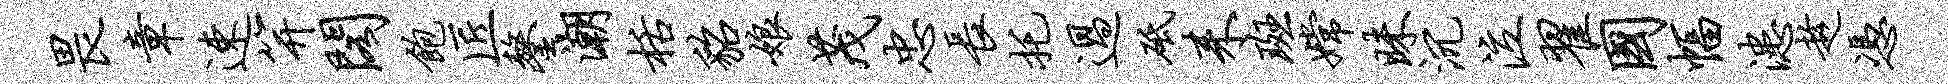
畏章速笄阁饱匠鏊潮栝貂娘茂忠长托过砥耒斑嫦昧沉泣翟国幅漶趁凭